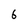
Character: 6